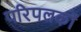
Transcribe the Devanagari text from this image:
परिपलकों